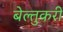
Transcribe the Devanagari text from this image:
बेल्तुकरी